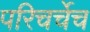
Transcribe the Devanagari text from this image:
परिचर्चेच